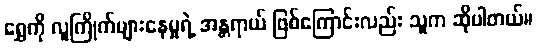
ရွှေကို လူကြိုက်များနေမှုရဲ့ အန္တရာယ် ဖြစ်ကြောင်းလည်း သူက ဆိုပါတယ်။